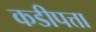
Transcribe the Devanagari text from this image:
कडीपत्ता